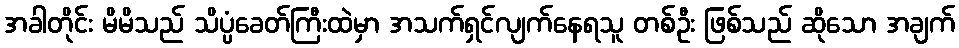
အခါတိုင်း မိမိသည် သိပ္ပံခေတ်ကြီးထဲမှာ အသက်ရှင်လျက်နေရသူ တစ်ဦး ဖြစ်သည် ဆိုသော အချက်